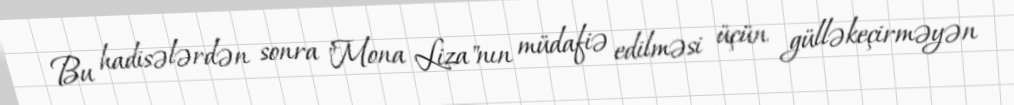
Bu hadisələrdən sonra "Mona Liza"nın müdafiə edilməsi üçün gülləkeçirməyən